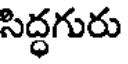
సిద్ధగురు